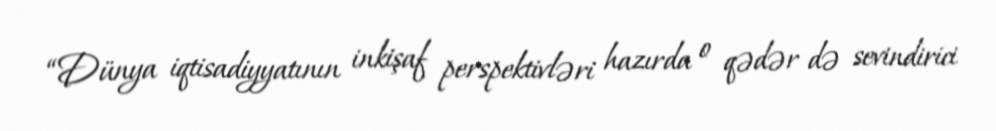
“Dünya iqtisadiyyatının inkişaf perspektivləri hazırda o qədər də sevindirici